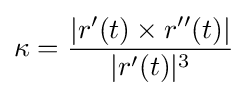
\kappa ={\frac {|r'(t)\times r''(t)|}{|r'(t)|^{3}}}